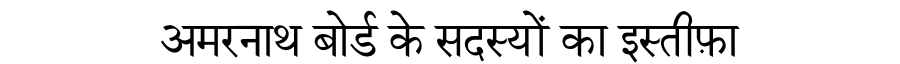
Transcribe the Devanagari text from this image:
अमरनाथ बोर्ड के सदस्यों का इस्तीफ़ा